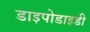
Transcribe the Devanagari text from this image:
डाइपोडाइडी